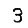
Digit: 3